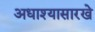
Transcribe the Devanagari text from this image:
अधाश्यासारखे